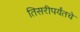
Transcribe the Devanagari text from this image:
तिसरीपर्यंतचे